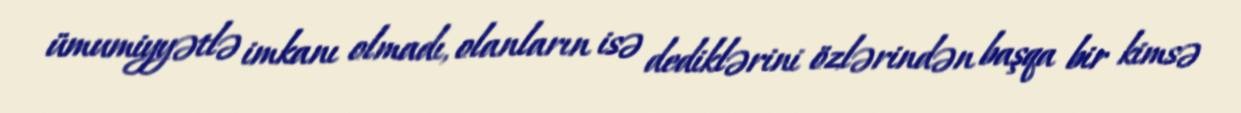
ümumiyyətlə imkanı olmadı, olanların isə dediklərini özlərindən başqa bir kimsə